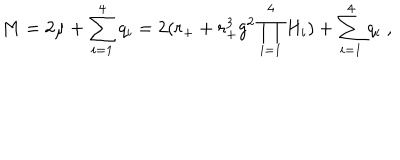
M = 2 \mu + \sum _ { i = 1 } ^ { 4 } q _ { i } = 2 ( r _ { + } + r _ { + } ^ { 3 } g ^ { 2 } \prod _ { i = 1 } ^ { 4 } H _ { i } ) + \sum _ { i = 1 } ^ { 4 } q _ { i } \ ,